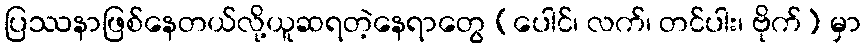
ပြဿနာဖြစ်နေတယ်လို့ယူဆရတဲ့နေရာတွေ (ပေါင်၊ လက်၊ တင်ပါး၊ ဗိုက်) မှာ